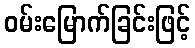
ဝမ်းမြောက်ခြင်းဖြင့်